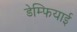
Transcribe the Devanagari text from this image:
डेम्फियाई